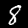
Label: 8